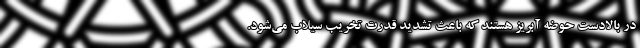
در بالادست حوضه آبریز هستند که باعث تشدید قدرت تخریب سیلاب می‌شود.